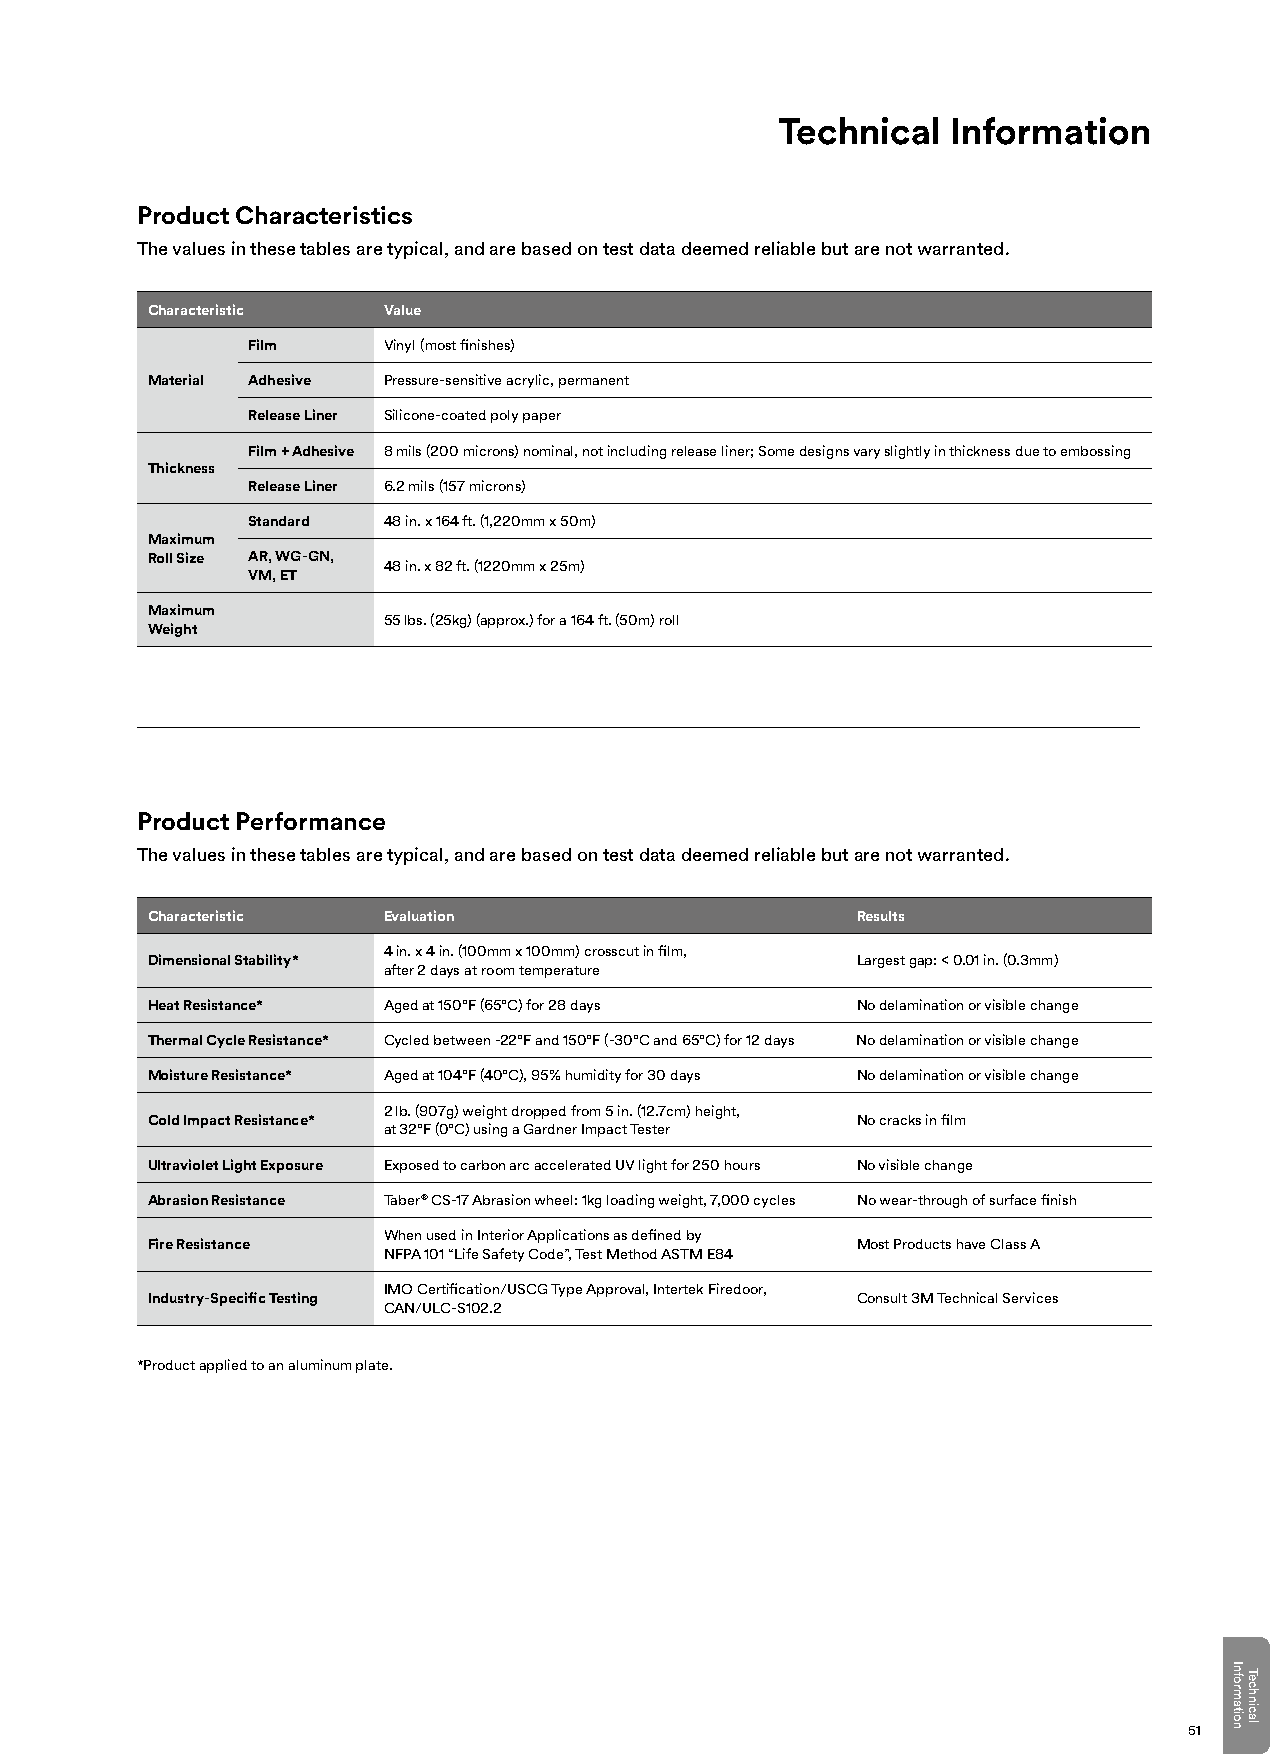
Technical  Information
 Product Characteristics
 The values in these tables are typical, and are based on test data deemed reliable but are not warranted.
 Characteristic Value
 Film     Vinyl (most finishes)
 Material Adhesive Pressure-sensitive acrylic, permanent
 Release Liner Silicone-coated poly paper
 Film + Adhesive 8 mils (200 microns) nominal, not including release liner; Some designs vary slightly in thickness due to embossing
 Thickness
 Release Liner 6.2 mils (157 microns)
 Standard 48 in. x 164 ft. (1,220mm x 50m)
 Maximum
 Roll Size AR, WG-GN,
 48 in. x 82 ft. (1220mm x 25m)
 VM, ET
 Maximum
 55 lbs. (25kg) (approx.) for a 164 ft. (50m) roll
 Weight
 Product Performance
 The values in these tables are typical, and are based on test data deemed reliable but are not warranted.
 Characteristic Evaluation                      Results
 4 in. x 4 in. (100mm x 100mm) crosscut in film,
 Dimensional Stability*                         Largest gap: < 0.01 in. (0.3mm)
 after 2 days at room temperature
 Heat Resistance* Aged at 150°F (65°C) for 28 days No delamination or visible change
 Thermal Cycle Resistance* Cycled between -22°F and 150°F (-30°C and 65°C) for 12 days No delamination or visible change
 Moisture Resistance* Aged at 104°F (40°C), 95% humidity for 30 days No delamination or visible change
 2 lb. (907g) weight dropped from 5 in. (12.7cm) height,
 Cold Impact Resistance*                        No cracks in film
 at 32°F (0°C) using a Gardner Impact Tester
 Ultraviolet Light Exposure Exposed to carbon arc accelerated UV light for 250 hours No visible change
 Abrasion Resistance Taber® CS-17 Abrasion wheel: 1kg loading weight, 7,000 cycles No wear-through of surface finish
 When used in Interior Applications as defined by
 Fire Resistance                                Most Products have Class A
 NFPA 101 “Life Safety Code”, Test Method ASTM E84
 IMO Certification/USCG Type Approval, Intertek Firedoor,
 Industry-Specific Testing                      Consult 3M Technical Services
 CAN/ULC-S102.2
 *Product applied to an aluminum plate.
 51
 Information
 Technical